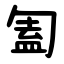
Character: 㔩